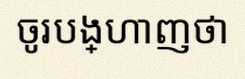
ចូរបង្ហាញថា